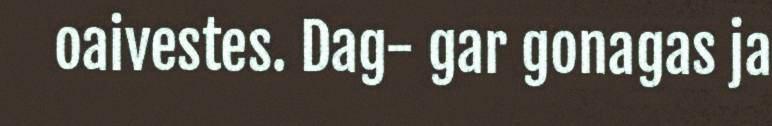
oaivestes. Dag- gar gonagas ja